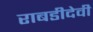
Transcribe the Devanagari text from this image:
राबडीदेवी